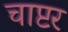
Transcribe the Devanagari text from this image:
चाप्टर